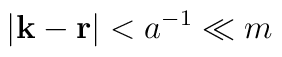
|{\bf k}-{\bf r}|<a^{-1}\ll m